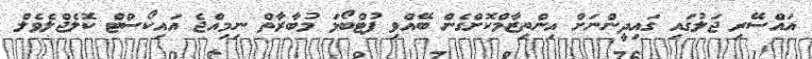
އައްސޭރި ޖަލުގައި ގައިދީންނަށް އިންތިޒާމްކޮށްގެން ބޭއްވި ފުޓްބޯޅަ މުބާރާތް ނިމިއްޖެ އައިކޯސްޓް ކޮލެޖްލެވެލް